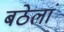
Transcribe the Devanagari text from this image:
बठेलां